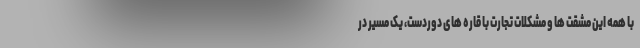
با همه این مشقت ها و مشکلات تجارت با قاره های دوردست، یک مسیر در